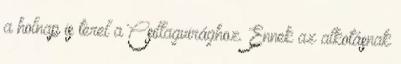
a holnap is terel a Csillagvirághoz. Ennek az alkotásnak